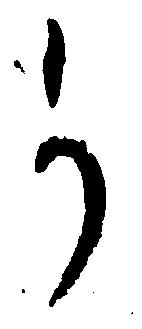
か